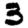
Digit: 3